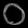
Digit: ၀